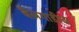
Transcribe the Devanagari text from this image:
बैलगाडीचा